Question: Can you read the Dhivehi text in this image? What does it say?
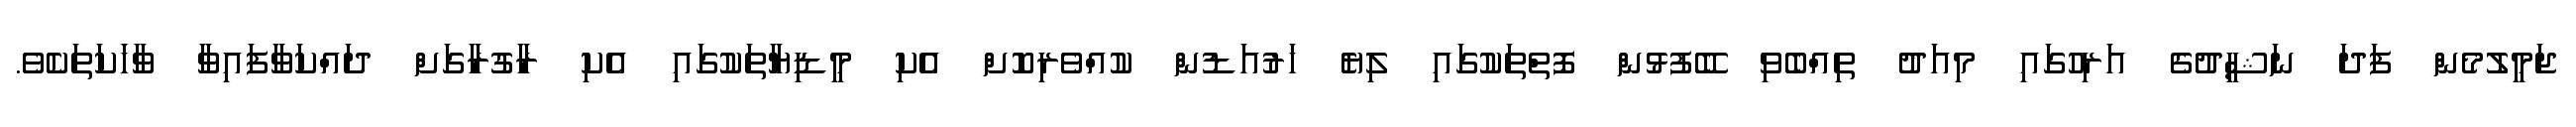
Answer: ޖަމީލުމެން ފަދަ ނަޝީދުގެ އަރިހުގައި މިއަދު ތިއްބެވި ބޭފުޅުން ފޮތްތަކުގައި ލިޔެ ހަރުއަޑުން ކުއްވެރިކޮށް އެކި މީޑިޔާތަކުގައި އެކި ރާގުރާގަށް ދައްކަވާފައިވާ ވާހަަކަތަކެވެ.